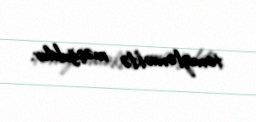
təmizləməklə məşğuldur.